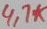
Text: 47K